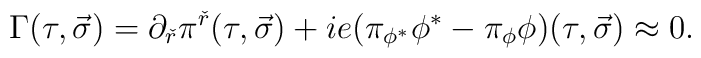
\Gamma (\tau ,\vec \sigma ) =\partial_{\check r}\pi^{\check r}(\tau ,\vec\sigma )+ie (\pi_{\phi^{*}} \phi^{*}-\pi_{\phi} \phi )(\tau ,\vec \sigma )\approx 0.